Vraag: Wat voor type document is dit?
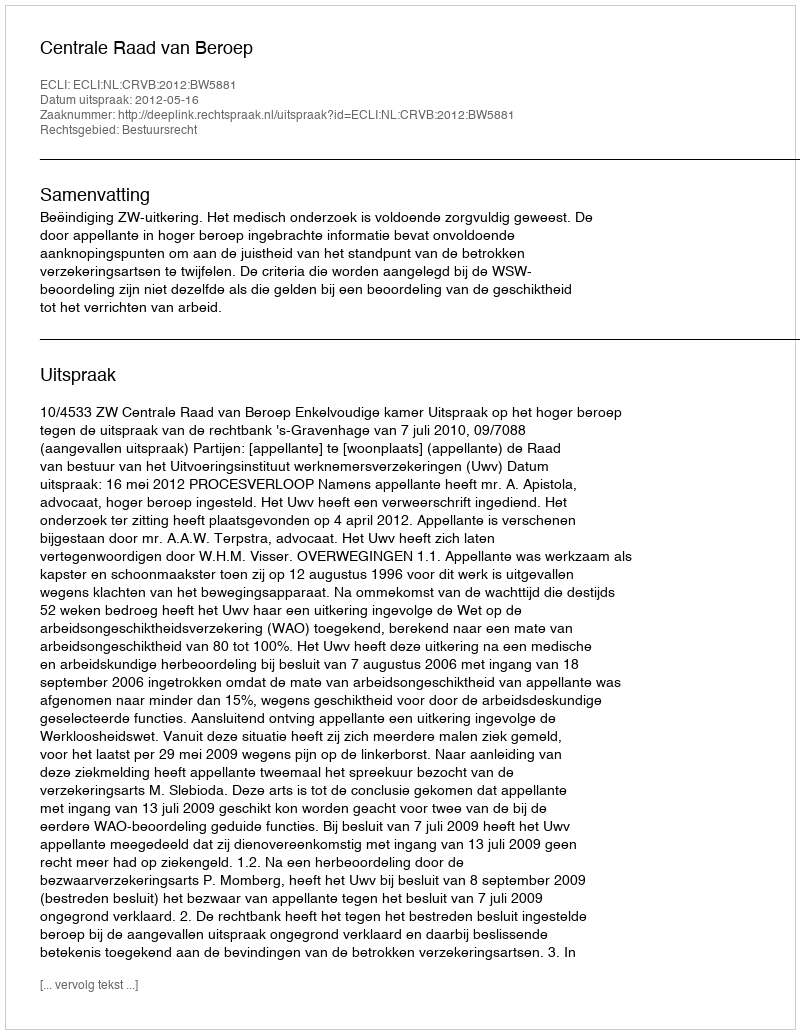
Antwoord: Uitspraak